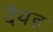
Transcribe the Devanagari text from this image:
दैयड